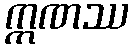
ဣဏဿ